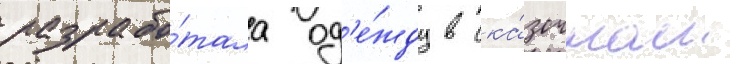
разрабо́тала од'е́жду в ска́зочном